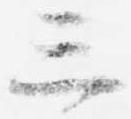
三